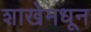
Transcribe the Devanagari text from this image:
शाखेमधून